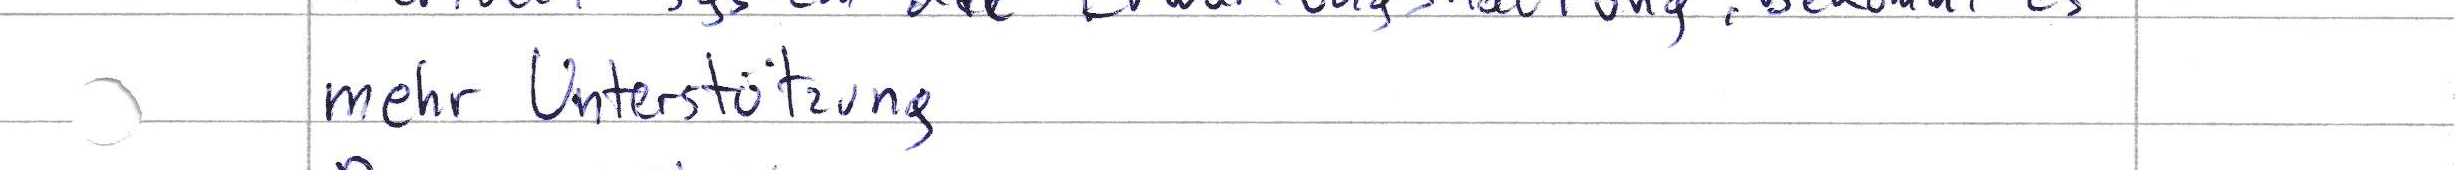
mehr Unterstützung